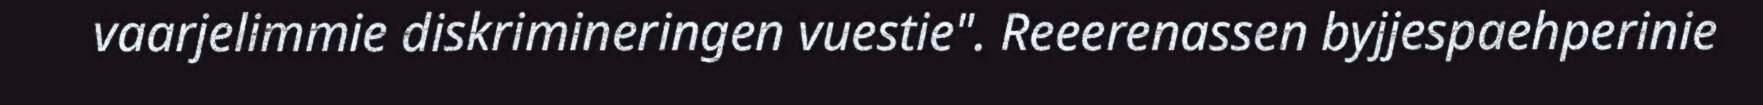
vaarjelimmie diskrimineringen vuestie". Reeerenassen byjjespaehperinie